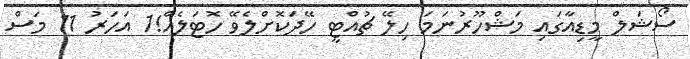
ސޯޝަލް މީޑިއާގައި މަޝްހޫރުނަމަ ހިލޭ ޗުއްޓީ ހޭދަކޮށްލެވޭ ހޮޓަލެއް!1 އަހަރު 11 މަސް